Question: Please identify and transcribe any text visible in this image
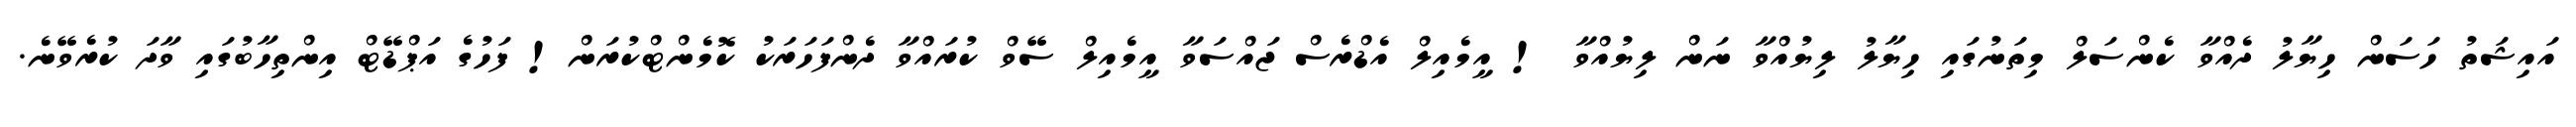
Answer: އައިޝަތު ހަސަން ހިޔާލު ދެއްވާ ކެންސަލް މިތަނުގައި ހިޔާލު ލިޔުއްވާ ނަން ލިޔުއްވާ ! އީމެއިލް އެޑްރެސް ޖައްސަވާ އީމެއިލް ސޭވް ކުރައްވާ ދެންފަހަރަކު ކޮމެންޓްކުރަން! ފަހުގެ އަޕްޑޭޓް އިންތިހާބުގައި ވާދަ ކުރެވޭނެ.